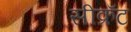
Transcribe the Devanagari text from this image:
सीक्रॅट